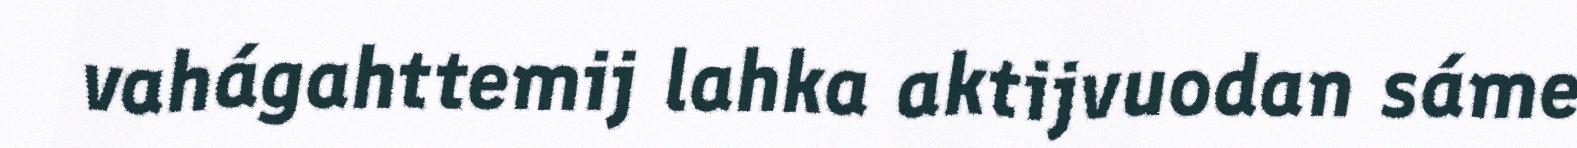
vahágahttemij lahka aktijvuodan sáme